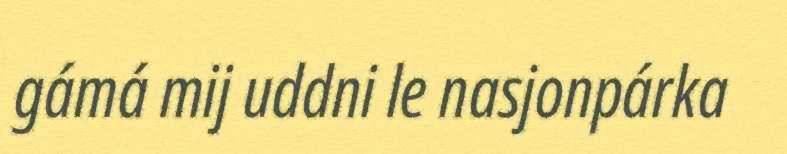
gámá mij uddni le nasjonpárka